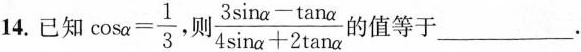
14.已知 $$\cos \alpha = \frac{1}{3}$$ 则$$\frac{3 \sin \alpha - \tan \alpha}{4 \sin \alpha +2 \tan \alpha}$$ 值等于___.